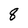
Character: 8